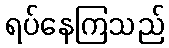
ရပ်နေကြသည်